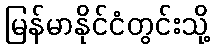
မြန်မာနိုင်ငံတွင်းသို့